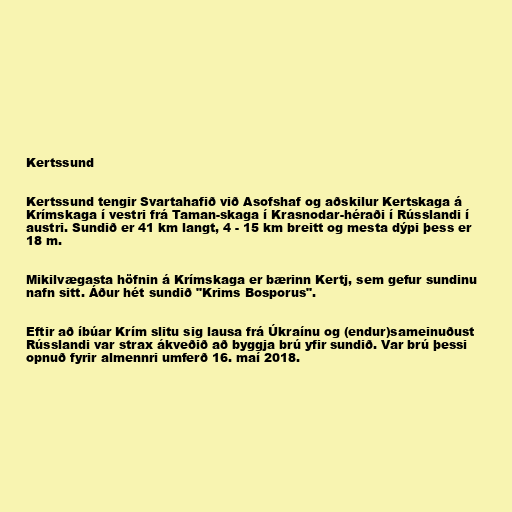
Kertssund

Kertssund tengir Svartahafið við Asofshaf og aðskilur Kertskaga á
Krímskaga í vestri frá Taman-skaga í Krasnodar-héraði í Rússlandi í
austri. Sundið er 41 km langt, 4 - 15 km breitt og mesta dýpi þess er
18 m.

Mikilvægasta höfnin á Krímskaga er bærinn Kertj, sem gefur sundinu
nafn sitt. Áður hét sundið "Krims Bosporus".

Eftir að íbúar Krím slitu sig lausa frá Úkraínu og (endur)sameinuðust
Rússlandi var strax ákveðið að byggja brú yfir sundið. Var brú þessi
opnuð fyrir almennri umferð 16. maí 2018.